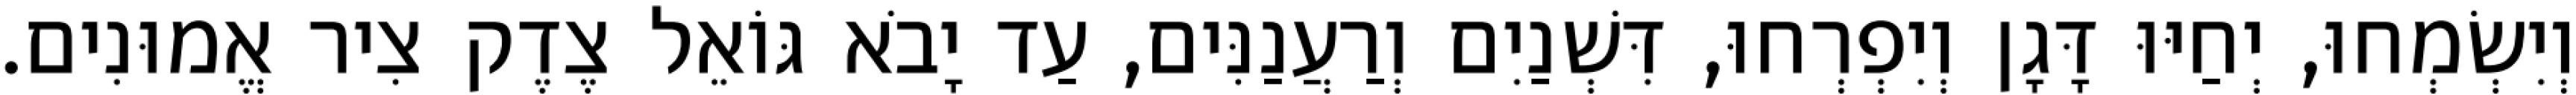
וְיִשְׂמְחוּ, יְחַיּוּ דָּגָן וְיִפְרְחוּ, דִּשְׁנַיִם וְרַעֲנַנִּים, עַד יָבֹא גּוֹאֵל צֶדֶק צִיר אֱמוּנִים.